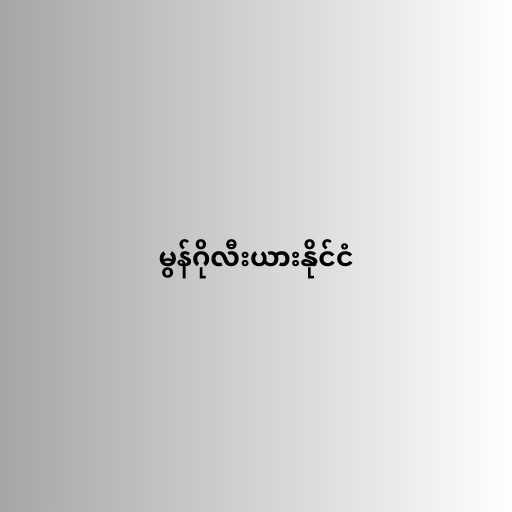
မွန်ဂိုလီးယားနိုင်ငံ